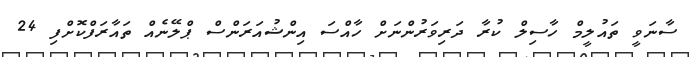
ސާނަވީ ތައުލީމް ހާސިލް ކުރާ ދަރިވަރުންނަށް ހާއްސަ އިންޝުއަރަންސް ޕްލޭނެއް ތައާރަފްކޮށްފި 24